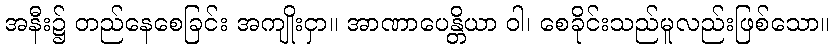
အနီး၌ တည်နေစေခြင်း အကျိုးငှာ။ အာဏာပေန္တိယာ ဝါ၊ စေခိုင်းသည်မူလည်းဖြစ်သော။